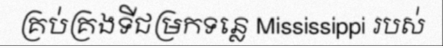
គ្រប់គ្រងទីជម្រកទន្លេ Mississippi របស់